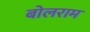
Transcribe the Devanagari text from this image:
बोलराम